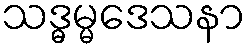
သဒ္ဓမ္မဒေသနာ